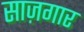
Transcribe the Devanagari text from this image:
साज़गार